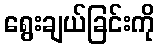
ရွေးချယ်ခြင်းကို